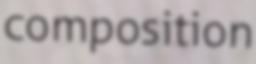
composition